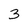
Character: 3